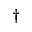
^ \dagger